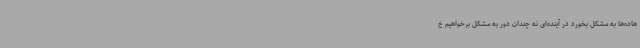
هاده‌ها به مشکل بخورد در آینده‌ای نه چندان دور به مشکل برخواهیم خ